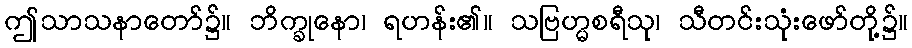
ဤသာသနာတော်၌။ ဘိက္ခုနော၊ ရဟန်း၏။ သဗြဟ္မစရီသု၊ သီတင်းသုံးဖော်တို့၌။